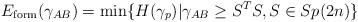
LaTeX: \begin{align*}E_{\mathrm{form}}(\gamma_{AB})=\min \{H(\gamma_p)| \gamma_{AB}\geq S^TS, S\in Sp(2n)\}\end{align*}